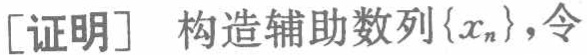
[证明] 构造辅助数列\(\{x_{n}\}\)，令